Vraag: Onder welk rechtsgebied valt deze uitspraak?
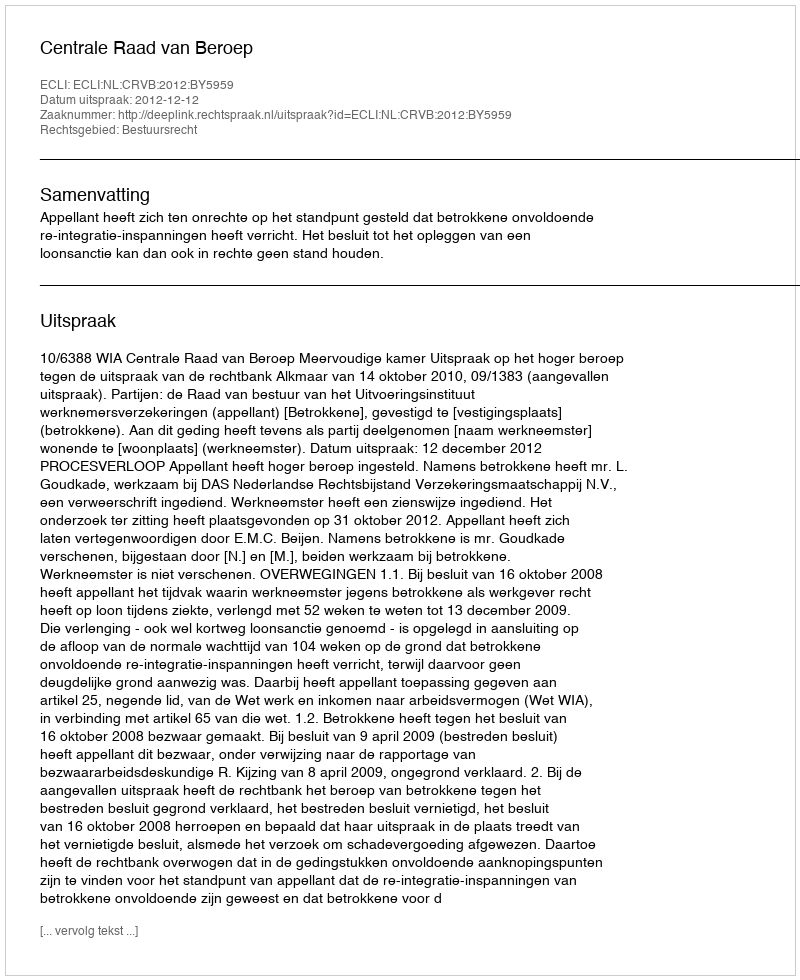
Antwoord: Bestuursrecht